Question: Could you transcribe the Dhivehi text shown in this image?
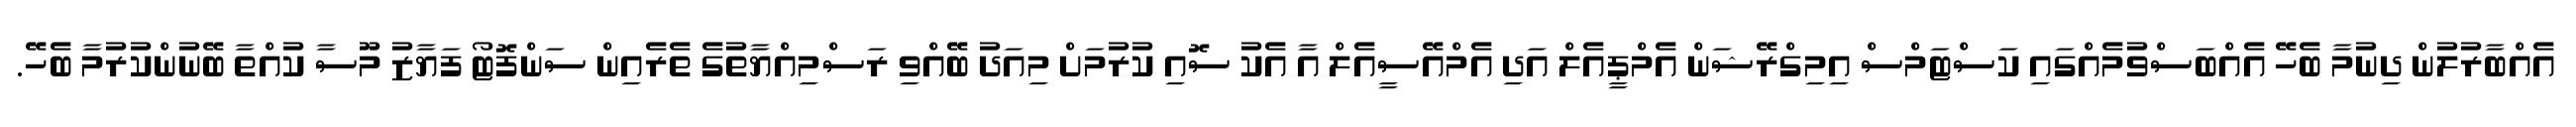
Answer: އެއްބާރުލުން ދިނުމާ ބެހޭ އެއްބަސްވުމެއްގައި ކަސްޓަމްސް އިމިގްރޭޝަން އެމްޕީއެލް އަދި އެމްއޭސީއެލް އާ އެކު ސޮއި ކުރުމަށް މިއަދު ބޭއްވި ރަސްމިއްޔާތުގެ ތެރެއިން ސަންފޮޓޯ ފަޔާޒު މޫސާ ކުއްތާ ބޭނުންކުރުމާ ބެހޭ.